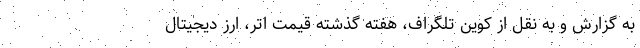
به گزارش و به نقل از کوین تلگراف، هفته گذشته قیمت اتر، ارز دیجیتال